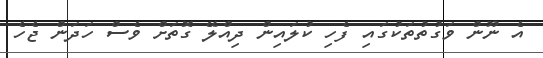
އެ ނޫން ވަގުތުތަކުގައި ފެހި ކުލައިން ދިއްލޭ ގޮތަށް ވެސް ހަދަން ޖެހެ